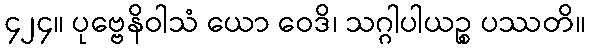
၄၂၄။ ပုဗ္ဗေနိဝါသံ ယော ဝေဒိ၊ သဂ္ဂါပါယဉ္စ ပဿတိ။